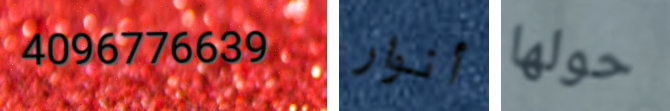
4096776639 أنوار حولها